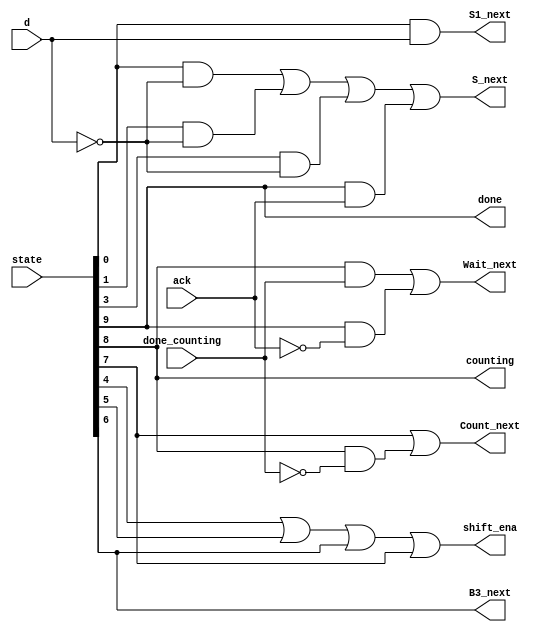
module top_module(
    input d,
    input done_counting,
    input ack,
    input [9:0] state,    // 10-bit one-hot current state
    output B3_next,
    output S_next,
    output S1_next,
    output Count_next,
    output Wait_next,
    output done,
    output counting,
    output shift_ena
); //

    // You may use these parameters to access state bits using e.g., state[B2] instead of state[6].
    parameter S=0, S1=1, S11=2, S110=3, B0=4, B1=5, B2=6, B3=7, Count=8, Wait=9;

    // assign B3_next = ...;
    // assign S_next = ...;
    // etc.
    assign S_next = state[S]&~d | state[S1]&~d | state[S110]&~d | state[Wait]&ack;
    assign S1_next = state[S]&d;
    assign B3_next = state[B2];
    assign Count_next = state[B3] | state[Count]&~done_counting;
    assign Wait_next = state[Count]&done_counting | state[Wait]&~ack;
    assign done = state[Wait];
    assign counting = state[Count];
    assign shift_ena = state[B0] | state[B1] | state[B2] | state[B3];

endmodule